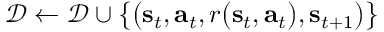
\mathcal { D } \leftarrow \mathcal { D } \cup \big \{ \big ( \mathbf { s } _ { t } , \mathbf { a } _ { t } , r \big ( \mathbf { s } _ { t } , \mathbf { a } _ { t } \big ) , \mathbf { s } _ { t + 1 } \big ) \big \}